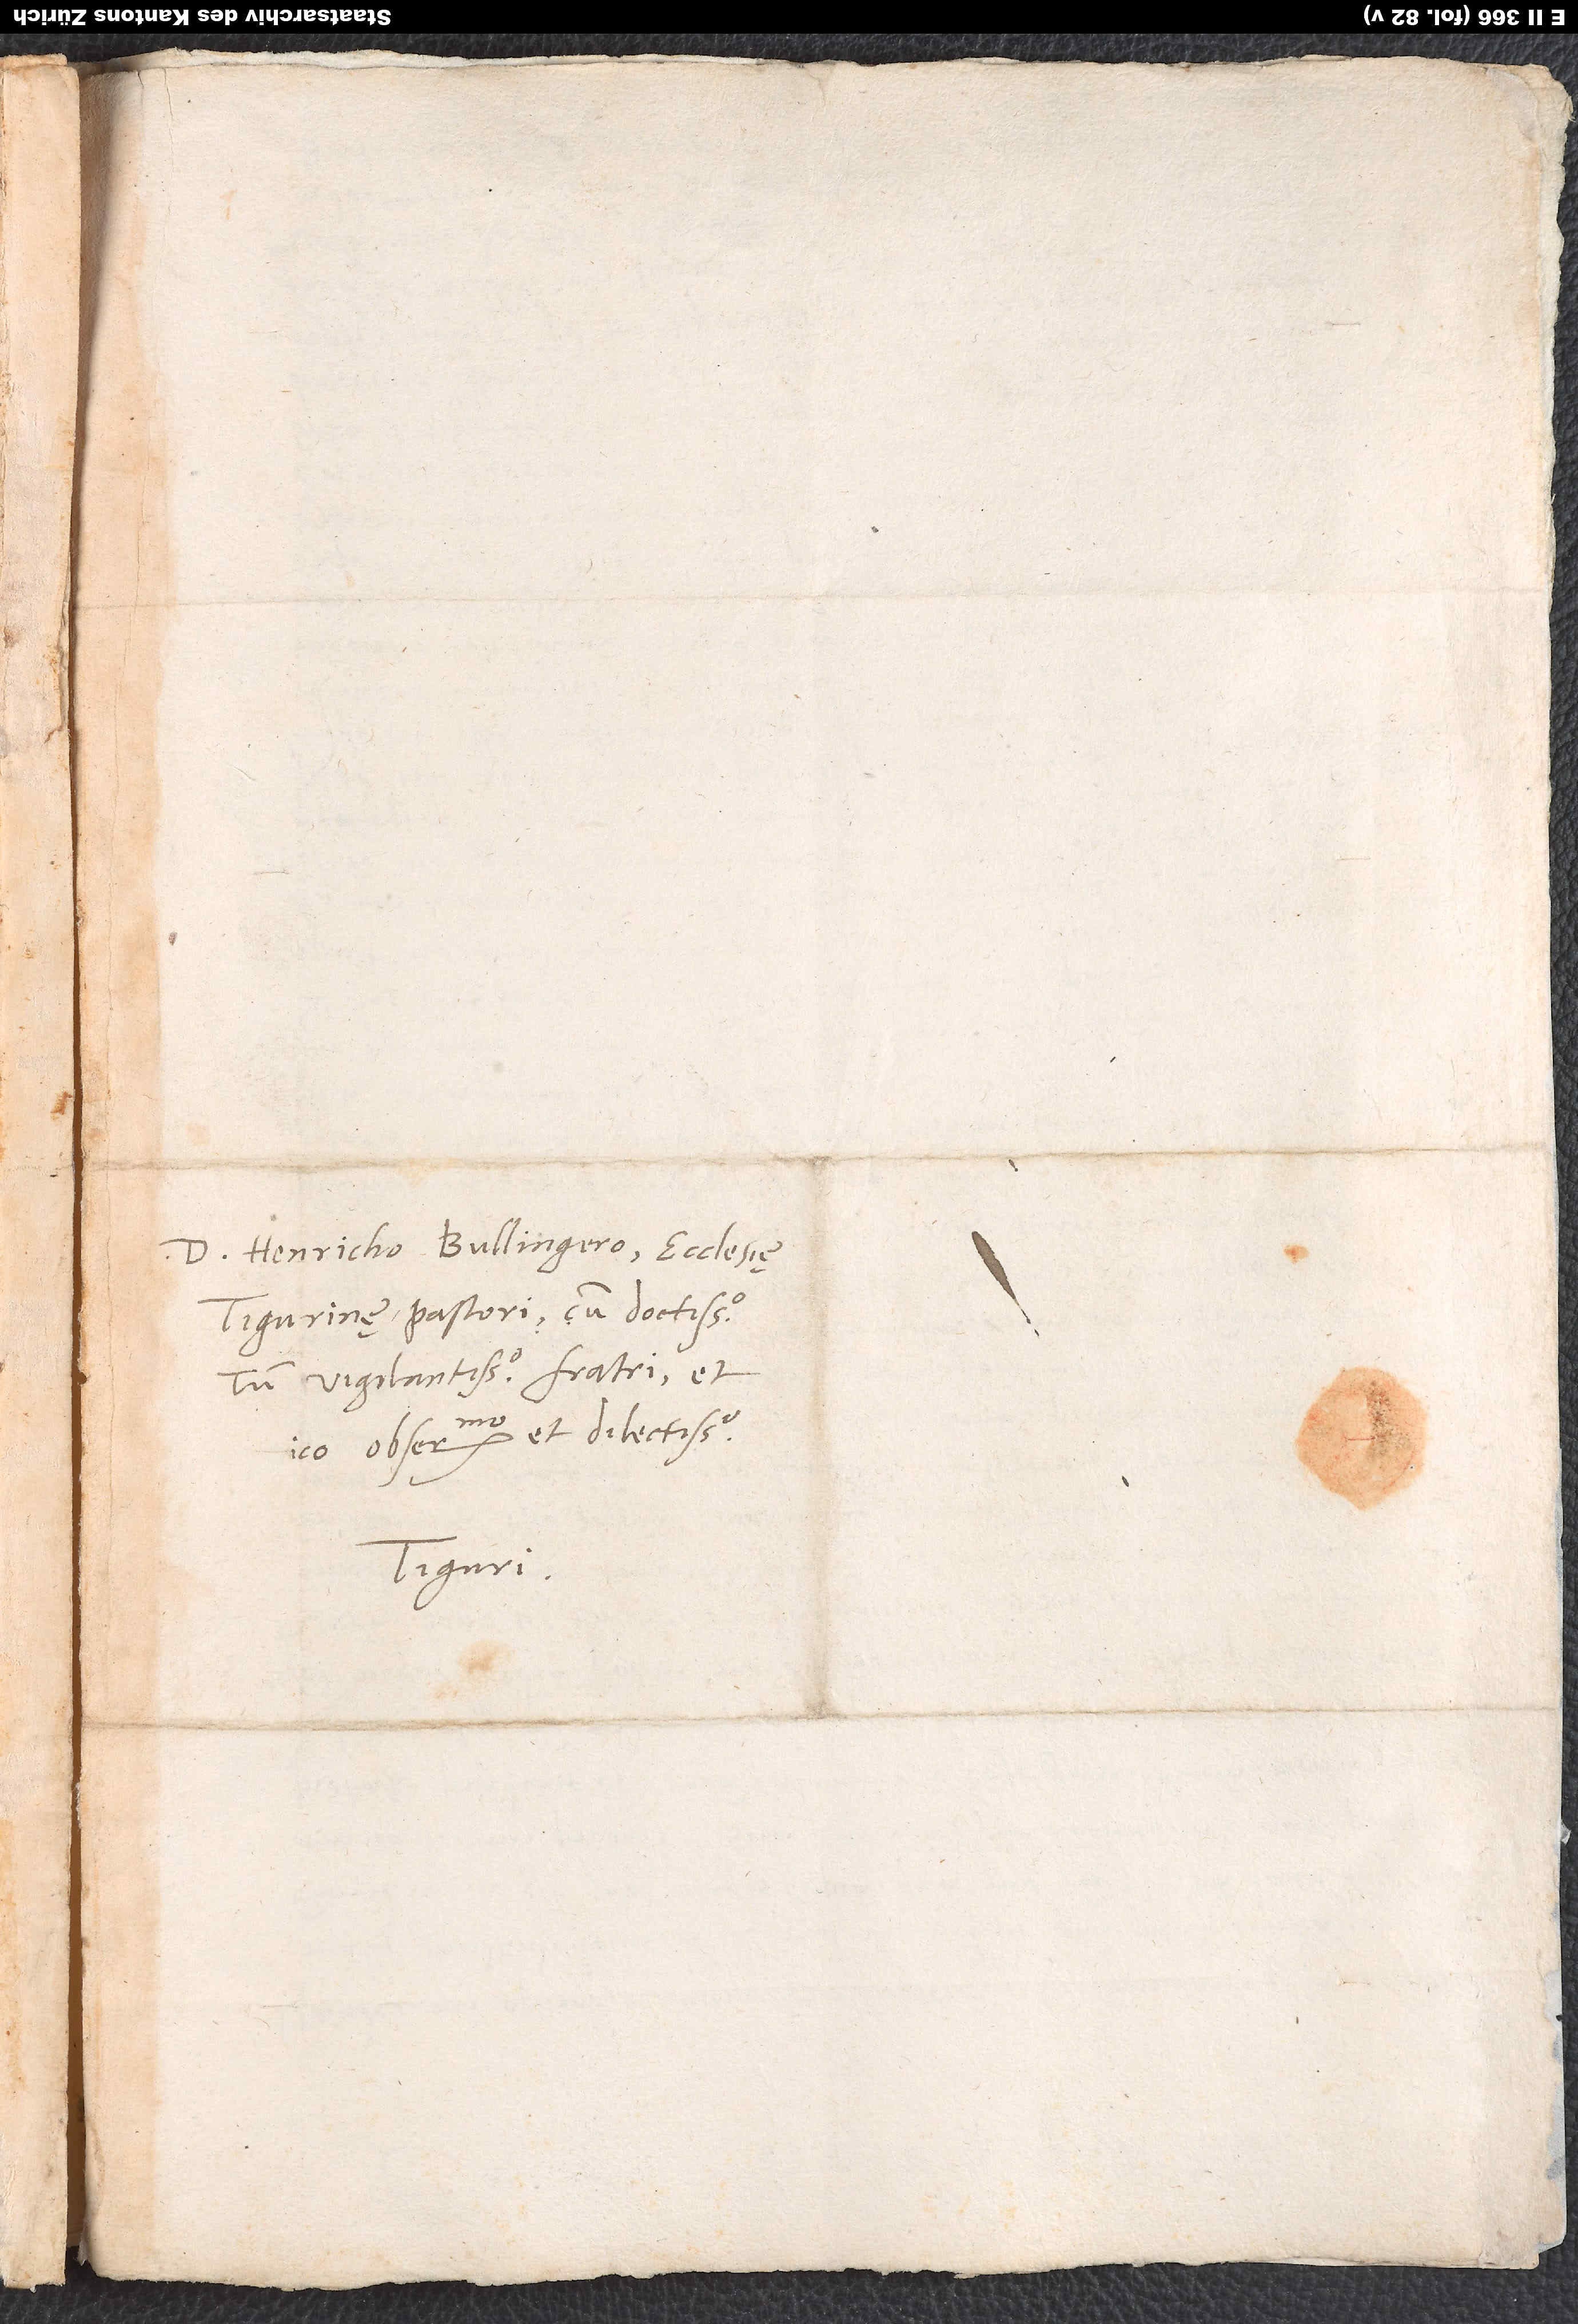
D. Henricho Bullingero, ecclesię
Tigurinę pastori cum doctissimo
tum vigilantissimo, fratri et
ico observandissimo et dilectissimo.
Tiguri.